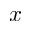
x